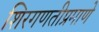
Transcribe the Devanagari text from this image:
शिरगणतीप्रमाणे